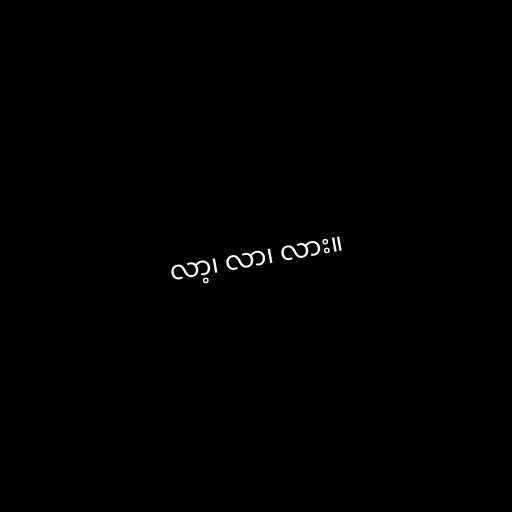
လာ့၊ လာ၊ လား။